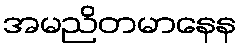
အမညိတမာနေန